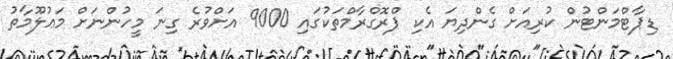
ޑިޕާޓްމަންޓުން ކުރިއަށް ގެންދިޔަ އެކި ޕްރޮގްރާމްތަކުގައި 9000 އަށްވުރެ ގިނަ މީހުންނަށް މަޢުލޫމާތު